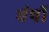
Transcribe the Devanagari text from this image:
वंषों